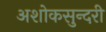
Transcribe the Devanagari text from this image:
अशोकसुन्दरी